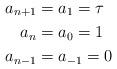
LaTeX: \begin{align*}a_{n+1} &= a_1 = \tau \\a_n &= a_0 = 1 \\a_{n-1} &= a_{-1} = 0\end{align*}